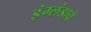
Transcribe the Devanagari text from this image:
इंग्लंडाचे